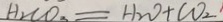
H _ { 2 } C O _ { 3 } = H _ { 2 } O + C O _ { 2 }